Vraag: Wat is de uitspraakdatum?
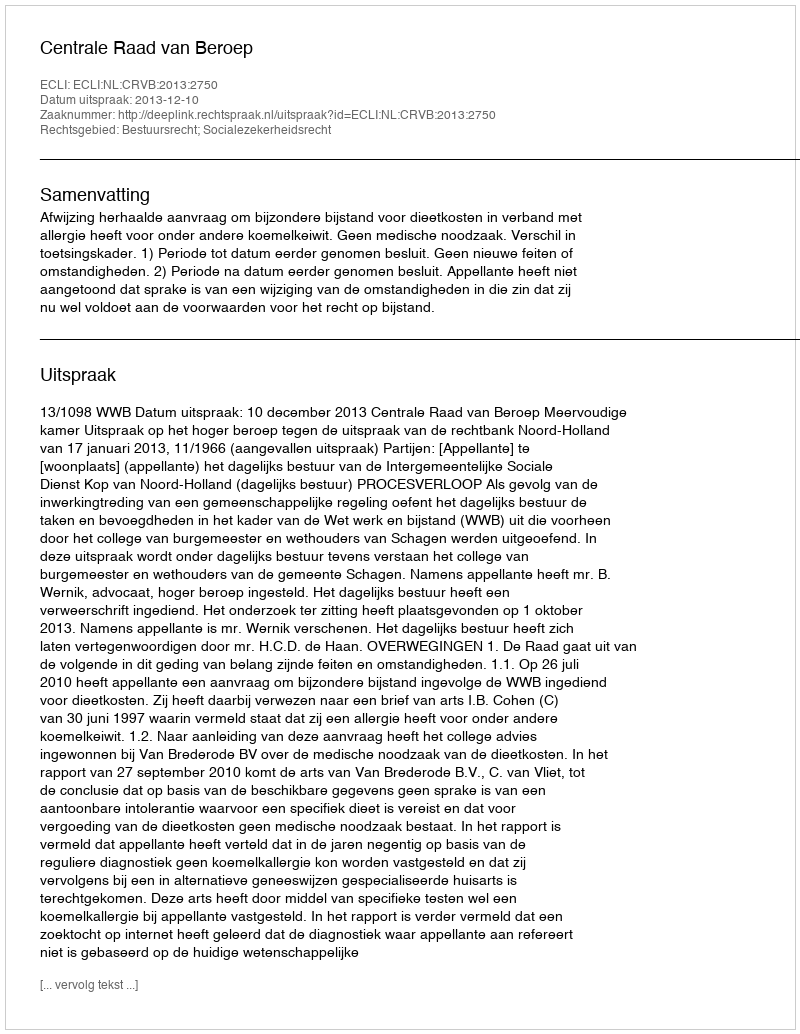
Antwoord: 2013-12-10